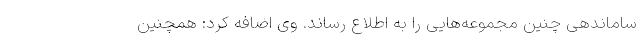
ساماندهی چنین مجموعه‌هایی را به اطلاع رساند. وی اضافه کرد: همچنین